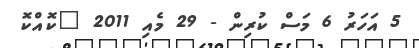
5 އަހަރު 6 މަސް ކުރިން - 29 މެއި 2011 "ކޮއްކޮ